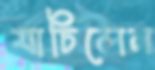
যাচিলেন